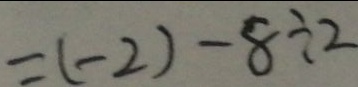
= ( - 2 ) - 8 \div 2